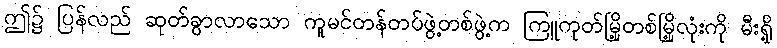
ဤ၌ ပြန်လည် ဆုတ်ခွာလာသော ကူမင်တန်တပ်ဖွဲ့တစ်ဖွဲ့က ကြူကုတ်မြို့တစ်မြို့လုံးကို မီးရှို့